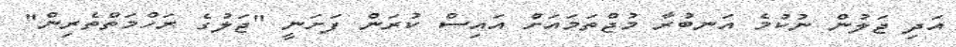
އަދި ޖަލުން ނުކުމެ އަނބުރާ މުޖްތަމައަށް އައިސް ކުރަން ފަށަނީ "ޖަލުގެ ރަހްމަތްތެރިން"